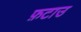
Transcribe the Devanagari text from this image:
फ़टाउ